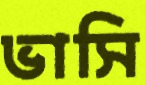
ভাসি